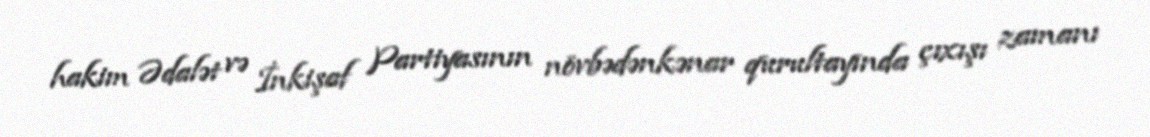
hakim Ədalət və İnkişaf Partiyasının növbədənkənar qurultayında çıxışı zamanı